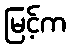
မြင့်က